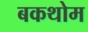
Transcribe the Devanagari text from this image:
बकथोम